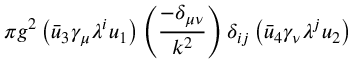
\pi g ^ { 2 } \left( \bar { u } _ { 3 } \gamma _ { \mu } { \lambda ^ { i } } u _ { 1 } \right) \left( { \frac { - \delta _ { \mu \nu } } { k ^ { 2 } } } \right) \delta _ { i j } \left( \bar { u } _ { 4 } \gamma _ { \nu } { \lambda ^ { j } } u _ { 2 } \right)